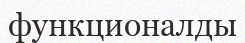
функционалды